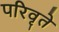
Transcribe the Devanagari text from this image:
परिवृते